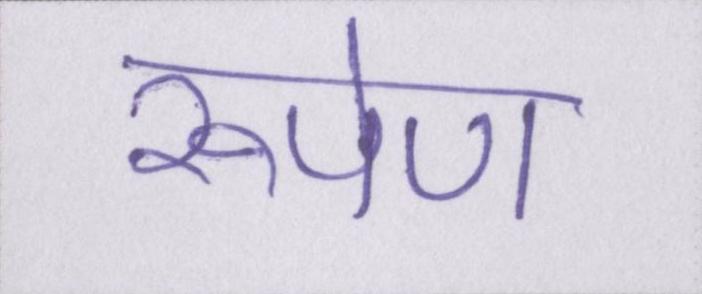
रूपेण